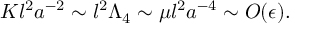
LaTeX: K l ^ { 2 } a ^ { - 2 } \sim l ^ { 2 } \Lambda _ { 4 } \sim \mu l ^ { 2 } a ^ { - 4 } \sim O ( \epsilon ) .